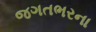
જગતભરના